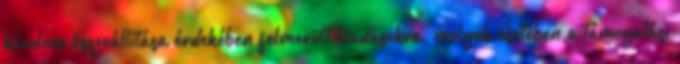
kérelem összeállítása érdekében felmerült kiadásokra, melyek esetében a támogatási